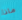
ماذا